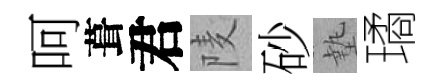
呵葺君𨹧砂墊璚